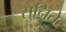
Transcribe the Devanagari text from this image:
सुनिते